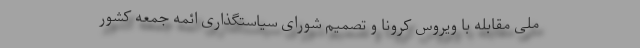
ملی مقابله با ویروس کرونا و تصمیم شورای سیاستگذاری ائمه جمعه کشور